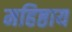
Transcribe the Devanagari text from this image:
महिष्ठाय